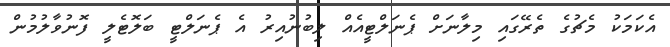
އެކަމަކު މެޗުގެ ތެރޭގައި މިލާނަށް ޕެނަލްޓީއެއް ލިބުނުއިރު އެ ޕެނަލްޓީ ބަލޮޓެލީ ފޮނުވާލުމުން